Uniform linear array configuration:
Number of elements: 32
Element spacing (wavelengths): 0.75
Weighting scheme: uniform
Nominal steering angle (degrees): -30
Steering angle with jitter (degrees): -30.711
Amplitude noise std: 0.05
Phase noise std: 0.05

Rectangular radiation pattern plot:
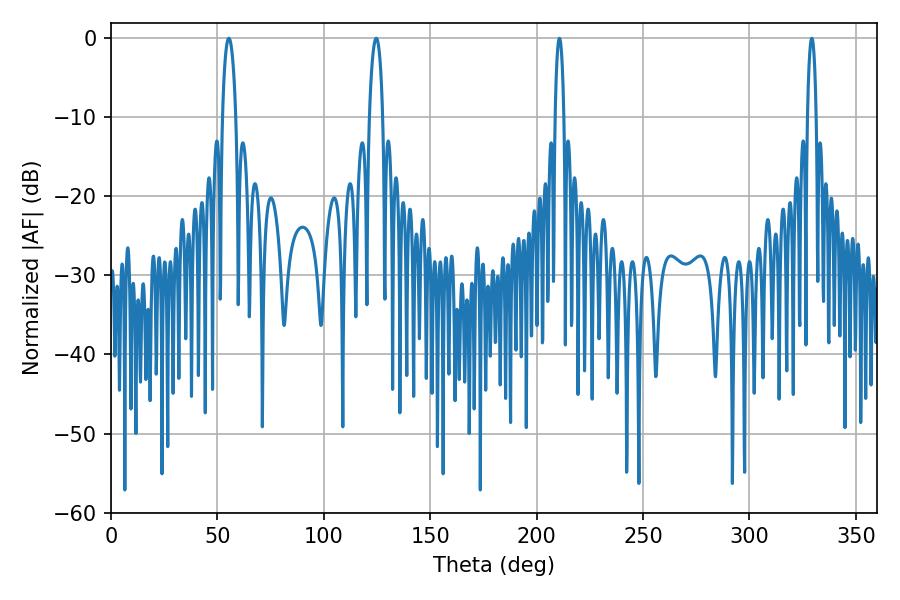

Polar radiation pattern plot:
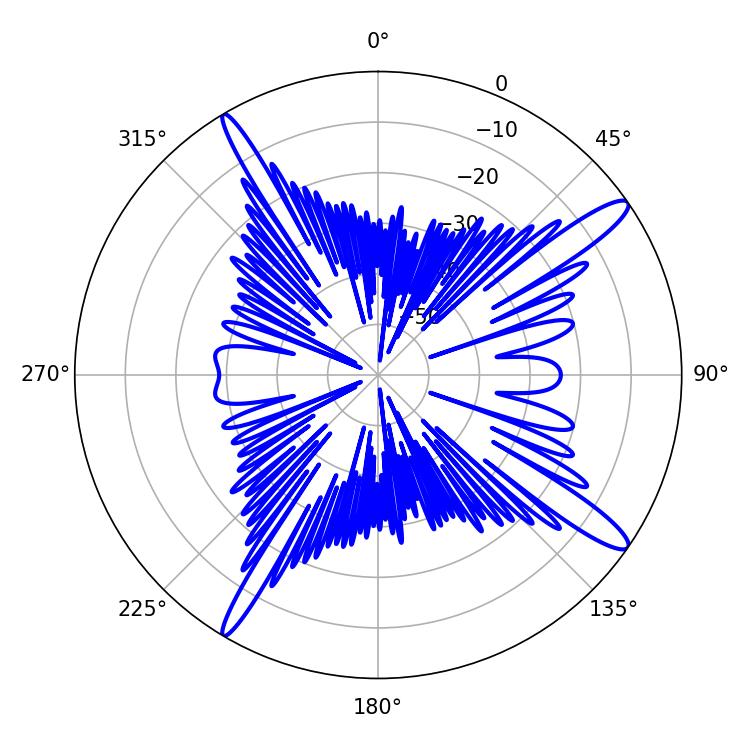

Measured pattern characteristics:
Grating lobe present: TRUE
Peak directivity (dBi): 14.536
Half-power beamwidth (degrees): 3.6
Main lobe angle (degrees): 124.56